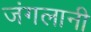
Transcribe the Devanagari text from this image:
जंगलानी